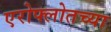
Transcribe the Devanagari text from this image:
एरोफ्लोतच्या